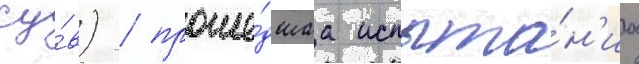
су́в) / проше́дшаа испыта́н'иа